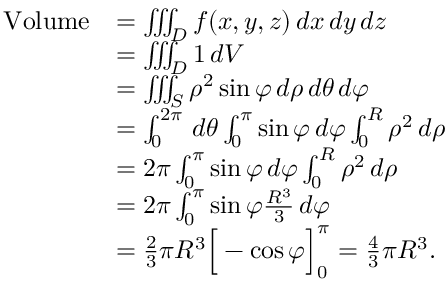
{ \begin{array} { r l } { { \mathrm { V o l u m e } } } & { = \iiint _ { D } f ( x , y , z ) \, d x \, d y \, d z } \\ & { = \iiint _ { D } 1 \, d V } \\ & { = \iiint _ { S } \rho ^ { 2 } \sin \varphi \, d \rho \, d \theta \, d \varphi } \\ & { = \int _ { 0 } ^ { 2 \pi } \, d \theta \int _ { 0 } ^ { \pi } \sin \varphi \, d \varphi \int _ { 0 } ^ { R } \rho ^ { 2 } \, d \rho } \\ & { = 2 \pi \int _ { 0 } ^ { \pi } \sin \varphi \, d \varphi \int _ { 0 } ^ { R } \rho ^ { 2 } \, d \rho } \\ & { = 2 \pi \int _ { 0 } ^ { \pi } \sin \varphi { \frac { R ^ { 3 } } { 3 } } \, d \varphi } \\ & { = { \frac { 2 } { 3 } } \pi R ^ { 3 } { \Big [ } - \cos \varphi { \Big ] } _ { 0 } ^ { \pi } = { \frac { 4 } { 3 } } \pi R ^ { 3 } . } \end{array} }